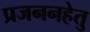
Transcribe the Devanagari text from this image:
प्रजननहेतु